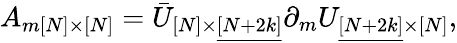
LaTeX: A_{m[N]\times[N]}=\bar{U}_{[N]\times\underline{{{[N+2k]}}}}\partial_{m}U_{\underline{{{[N+2k]}}}\times[N]},